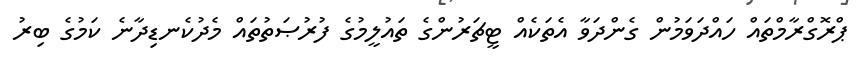
ޕްރޮގްރާމްތައް ހައްދަވަމުން ގެންދަވާ އެތަކެއް ޓީޗަރުންގެ ތައުލީމުގެ ފުރުޞަތުތައް މެދުކެނޑިދާނެ ކަމުގެ ބިރު